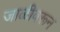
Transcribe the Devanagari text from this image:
जाळीवरून